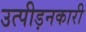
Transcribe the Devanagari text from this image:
उत्पीड़नकारी